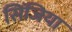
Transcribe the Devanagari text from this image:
सिंजिया